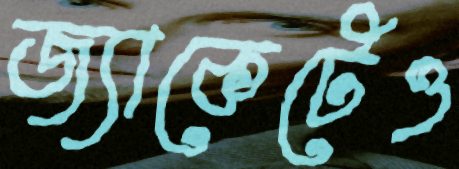
জ্যাকেটেও